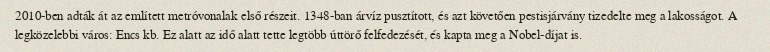
2010-ben adták át az említett metróvonalak első részeit. 1348-ban árvíz pusztított, és azt követően pestisjárvány tizedelte meg a lakosságot. A legközelebbi város: Encs kb. Ez alatt az idő alatt tette legtöbb úttörő felfedezését, és kapta meg a Nobel-díjat is.